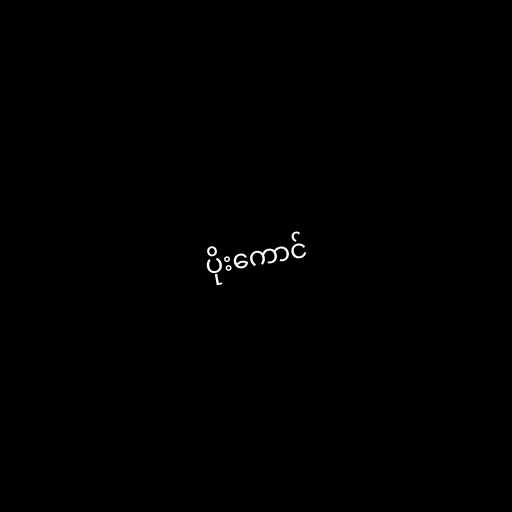
ပိုးကောင်